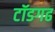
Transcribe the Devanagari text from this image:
टॉडगढ